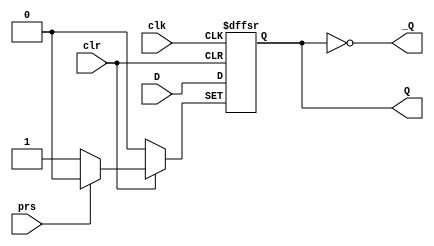
module DTrigger (input wire D,      //D input
                 input wire clk,    //clock
                 input wire clr,    //clear     clear + preset >= 1
                 input wire prs,    //preset    clear + preset >= 1
                 output reg Q,      //Q out
                 output reg _Q);    //_Q out    _Q == !Q
    always _Q = !Q;
    always@(posedge clk or negedge clr or negedge prs)
        begin
            if(!clr)    //clr == 0 , Q = 0
                begin
                    Q = 0;    
                end
            else if(!prs)
                begin
                    Q = 1;
                end
            else
                begin
                    Q = D;
                end
        end

endmodule